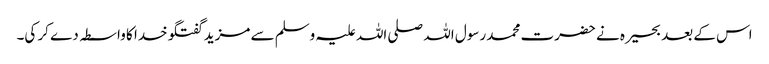
اس کے بعد بحیرہ نے حضرت محمد رسول اللہ صلی اللہ علیہ وسلم سے مزید گفتگو خدا کا واسطہ دے کر کی۔